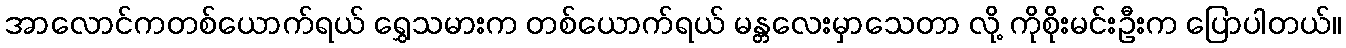
အာလောင်ကတစ်ယောက်ရယ် ရွှေသမားက တစ်ယောက်ရယ် မန္တလေးမှာသေတာ လို့ ကိုစိုးမင်းဦးက ပြောပါတယ်။